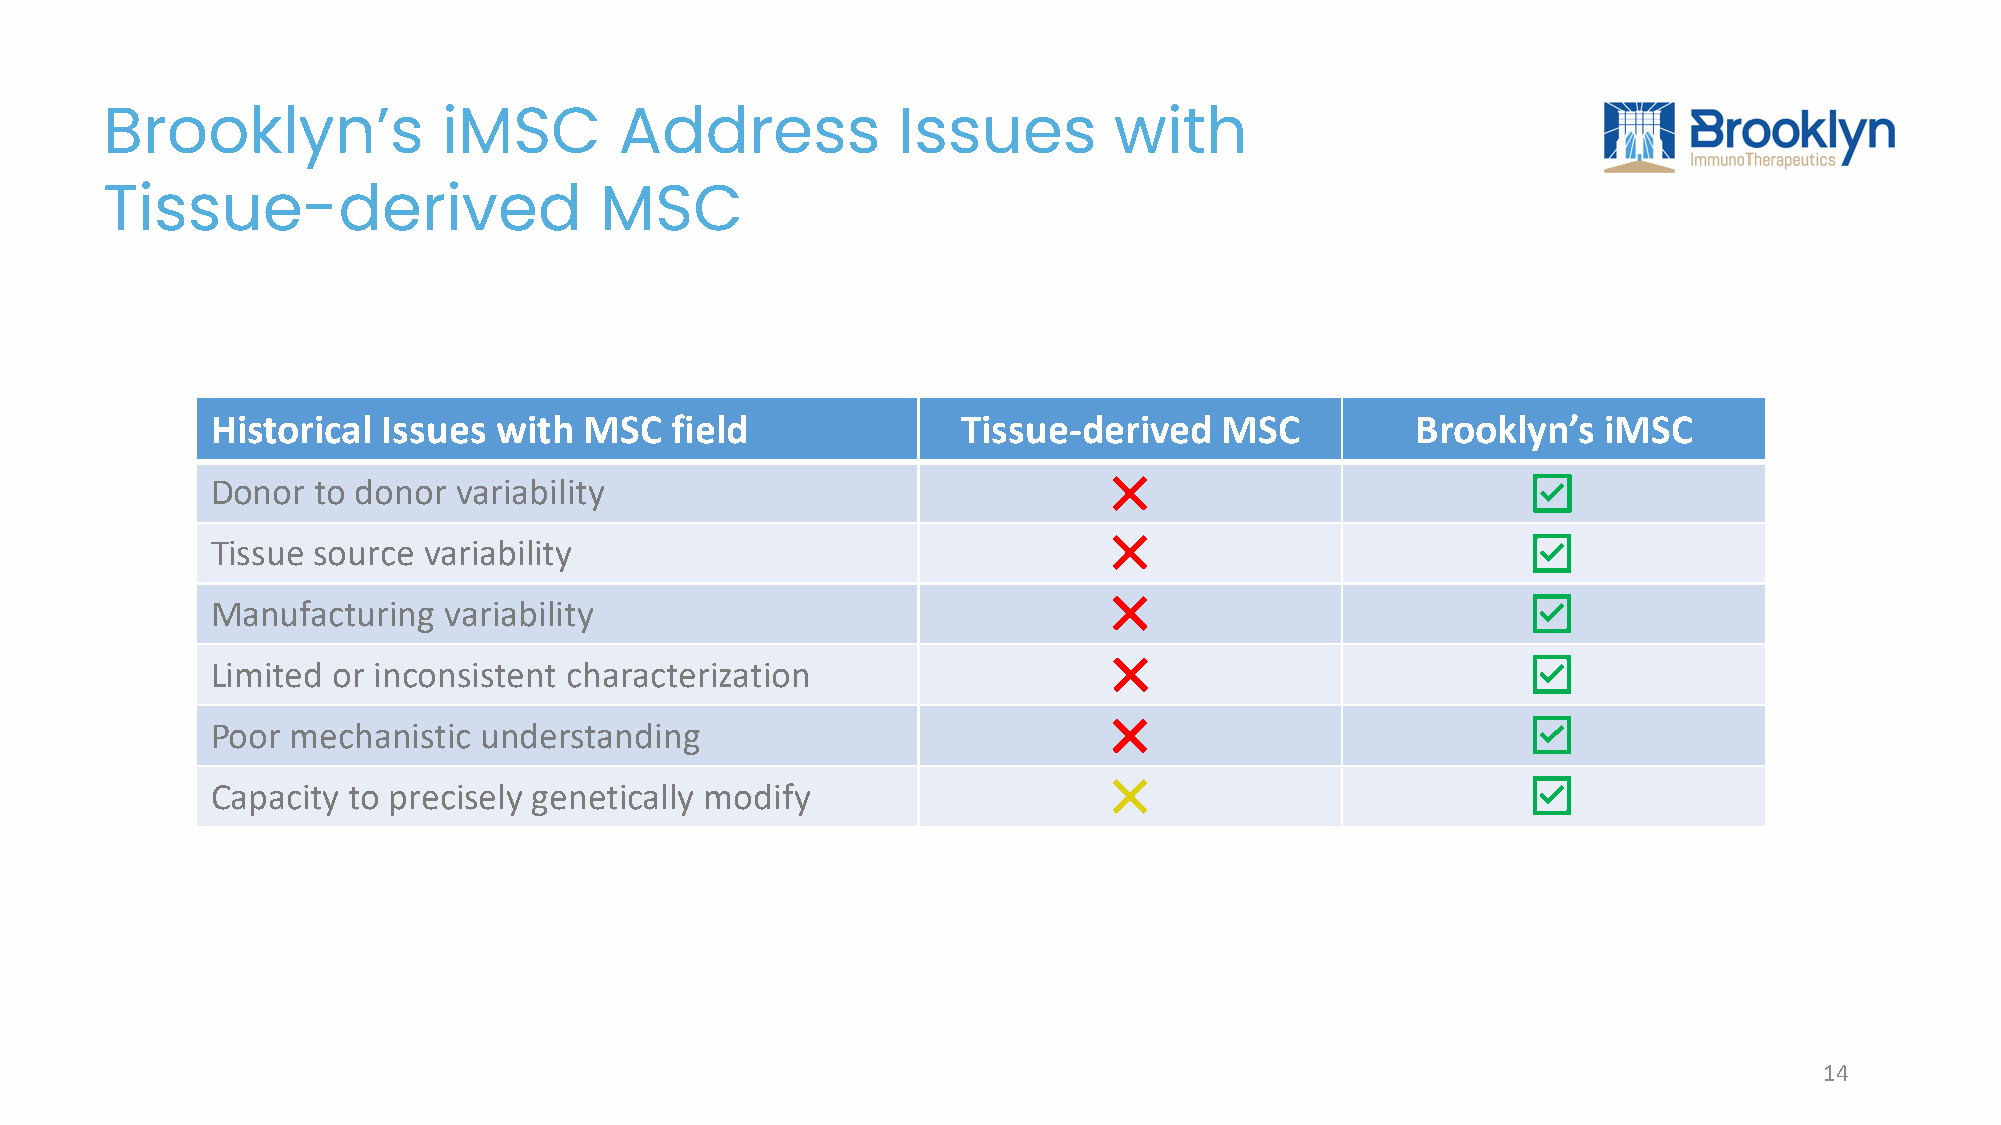
Brooklyn’s            iMSC        Address           Issues         with
 Tissue-derived                   MSC
 Historical Issues  with  MSC  field               Tissue-derived   MSC          Brooklyn’s  iMSC
 Donor  to donor variability
 Tissue source variability
 Manufacturing  variability
 Limited or inconsistent characterization
 Poor mechanistic  understanding
 Capacity to precisely genetically modify
 14